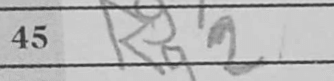
Transcription: Kg2